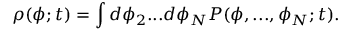
\rho ( \phi ; t ) = \int d \phi _ { 2 } . . . d \phi _ { N } P ( \phi , . . . , \phi _ { N } ; t ) .